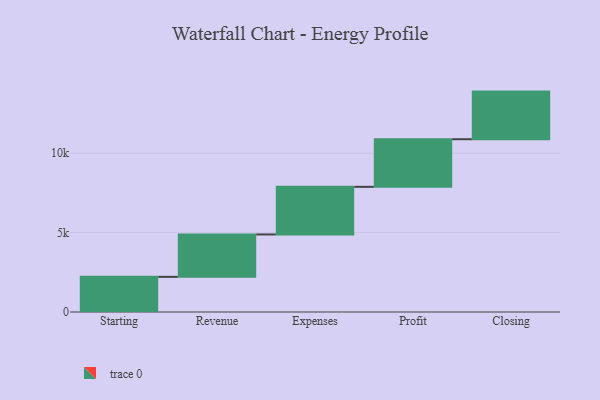
{"axis": {"x": "Step", "y": "Value"}, "legend": [""], "data": [{"x": "Starting", "y": 2214.0, "type": ""}, {"x": "Revenue", "y": 2671.0, "type": ""}, {"x": "Expenses", "y": 3000, "type": ""}, {"x": "Profit", "y": 3000, "type": ""}, {"x": "Closing", "y": 3000, "type": ""}]}